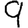
Digit: 9